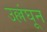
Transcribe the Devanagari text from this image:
उल्लंघून